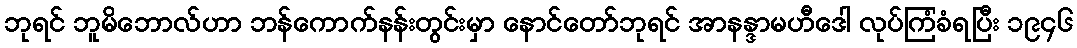
ဘုရင် ဘူမိဘောလ်ဟာ ဘန်ကောက်နန်းတွင်းမှာ နောင်တော်ဘုရင် အာနန္ဒာမဟီဒေါ လုပ်ကြံခံရပြီး ၁၉၄၆